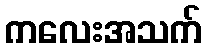
ကလေးအသက်